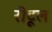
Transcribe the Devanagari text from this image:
रीटूल